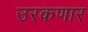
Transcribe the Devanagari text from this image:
उरकणार